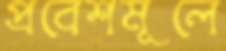
প্রবেশমূলে